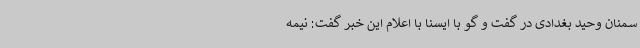
سمنان وحید بغدادی در گفت و گو با ایسنا با اعلام این خبر گفت: نیمه